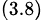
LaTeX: _{(3.8)}